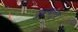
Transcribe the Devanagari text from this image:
यु्द्धचातुर्य